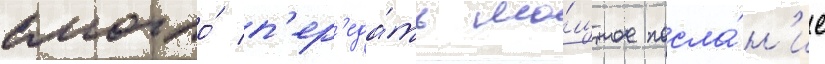
смогло́ п'ер'еда́ть мо́щное посла́н'ие